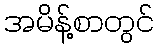
အမိန့်စာတွင်